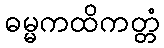
ဓမ္မကထိကတ္တံ